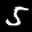
Label: 5